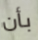
بأن